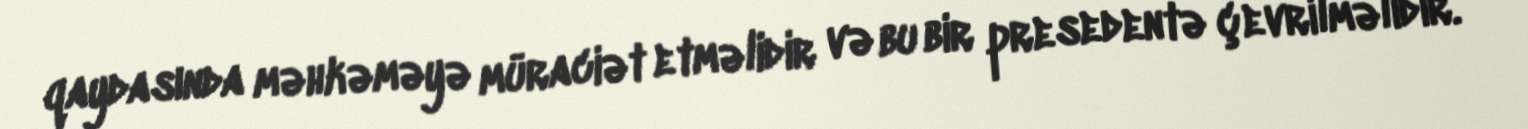
qaydasında məhkəməyə müraciət etməlidir və bu bir presedentə çevrilməlidir.